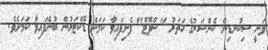
ވަނީ ސިކުނޑިން ކެންސަރުގެ ހަތަރު "ސްޕޮޓް" ފެނިފައިވާ ކަމަށް ޑޮކްޓަރުން ބުނެފައިވާ ކަމަށެވެ.